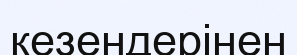
кезендерінен